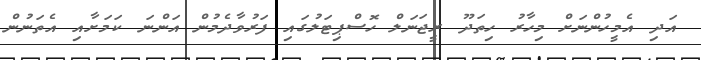
އަދި އެމީހުންނަށް މިހާރު ހިތަދޫ ރީޖަނަލް ހޮސްޕިޓަލުގައި ފަރުވާދެމުން އަންނަ ކަމަށާއި އެތަނުން